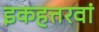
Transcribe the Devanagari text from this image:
इकहत्तरवां